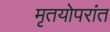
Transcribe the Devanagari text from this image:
मृतयोपरांत